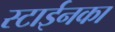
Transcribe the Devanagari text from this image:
स्टाईनका